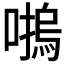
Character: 𡀴